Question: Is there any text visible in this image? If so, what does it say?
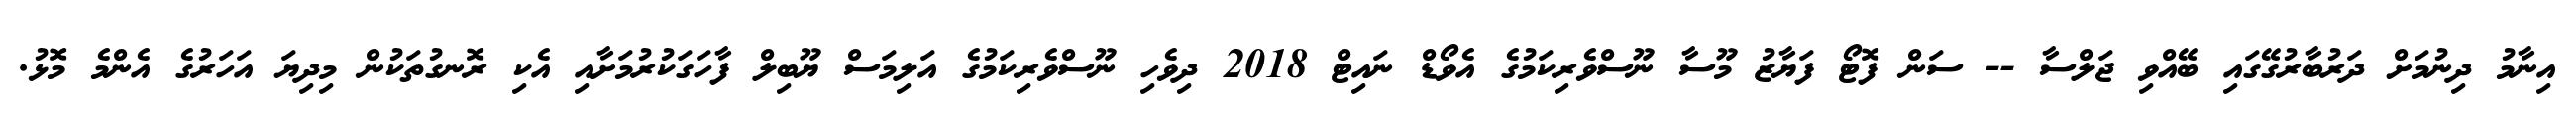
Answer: އިނާމު ދިނުމަށް ދަރުބާރުގޭގައި ބޭއްވި ޖަލްސާ -- ސަން ފޮޓޯ ފަޔާޒު މޫސާ ނޫސްވެރިކަމުގެ އެވޯޑް ނައިޓް 2018 ދިވެހި ނޫސްވެރިކަމުގެ އަލިމަސް ޔޫބިލް ފާހަގަކުރުމަށާއި އެކި ރޮނގުތަކުން މިދިޔަ އަހަރުގެ އެންމެ މޮޅު.